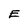
Character: E